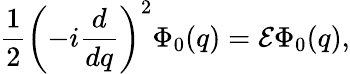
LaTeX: \frac{1}{2}\left(-i\frac{d}{dq}\right)^{2}\Phi_{0}(q)={\cal E}\Phi_{0}(q),